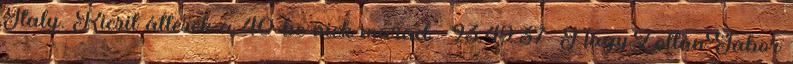
Italy. Kicsit átlesek a 40-be nick marad. 23:49:37 NagyZoltanGabor